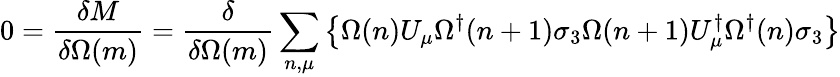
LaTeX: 0=\frac{\delta M}{\delta\Omega(m)}=\frac{\delta}{\delta\Omega(m)}\sum_{n,\mu}\left\{ \Omega(n)U_{\mu}\Omega^{\dagger}(n+1)\sigma_{3}\Omega(n+1)U_{\mu}^{\dagger}\Omega^{\dagger}(n)\sigma_{3}\right\}